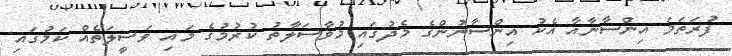
ފުރަތަމަ އިންސާނާއާ އެކު އިންސާނުންގެ މެދުގައި މުވާސަލާތު ކުރުމުގެ މައި ވަސީލަތެއް ކަމުގައި